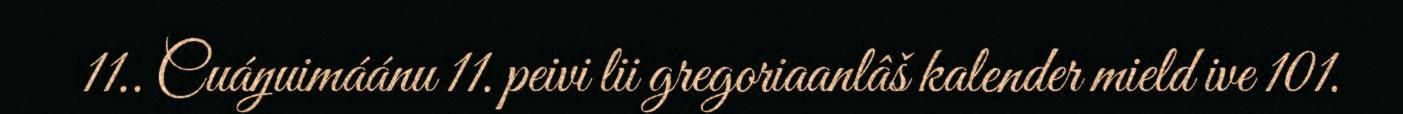
11.. Cuáŋuimáánu 11. peivi lii gregoriaanlâš kalender mield ive 101.